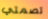
تصمتي